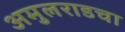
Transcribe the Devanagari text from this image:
अमुलराडचा